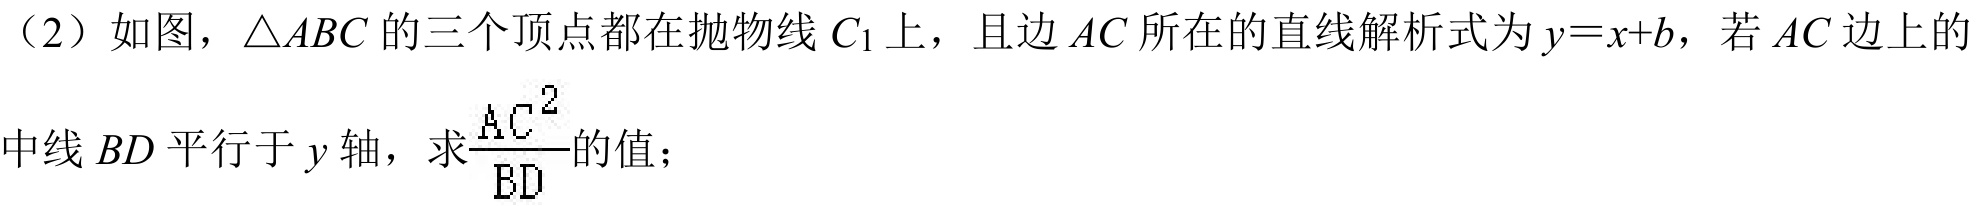
（2）如图，\(\triangle ABC\)的三个顶点都在抛物线\(C_{1}\)上，且边\(AC\)所在的直线解析式为\(y = x + b\)，若\(AC\)边上的中线\(BD\)平行于\(y\)轴，求\(\frac{AC^{2}}{BD}\)的值；